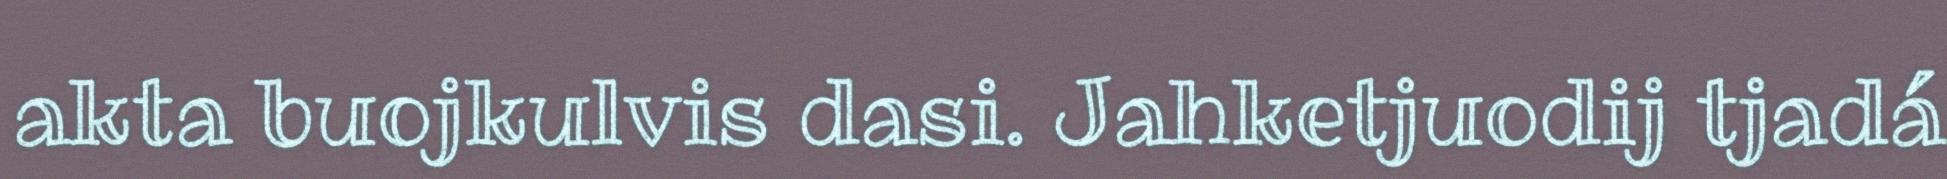
akta buojkulvis dasi. Jahketjuodij tjadá